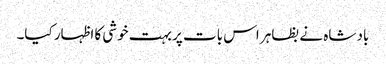
باد شاہ نے بظاہر اس بات پر بہت خوشی کا اظہار کیا۔